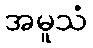
အမူသံ